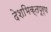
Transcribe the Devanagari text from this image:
देशभिक्तपूर्ण